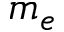
m _ { e }